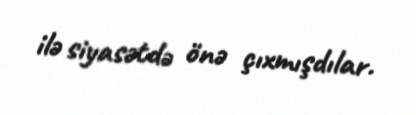
ilə siyasətdə önə çıxmışdılar.